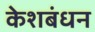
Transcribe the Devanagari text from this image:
केशबंधन